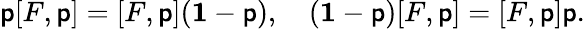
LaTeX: \mathsf{p}[F,\mathsf{p}]=[F,\mathsf{p}]({\mathbf{1}}-\mathsf{p}),\quad({\mathbf{1}}-\mathsf{p})[F,\mathsf{p}]=[F,\mathsf{p}]\mathsf{p}.